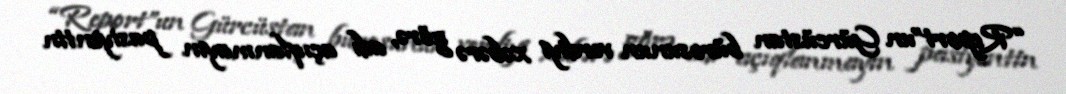
“Report”un Gürcüstan bürosunun verdiyi xəbərə görə, adı açıqlanmayın pasiyentin